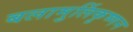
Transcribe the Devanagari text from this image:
बलामुर्लिकृष्णन